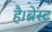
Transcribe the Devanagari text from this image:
है।ब्रेस्ट